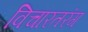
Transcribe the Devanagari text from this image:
विचारतरंग